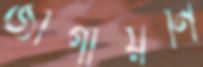
জাগায়নি